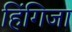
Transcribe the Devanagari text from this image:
हिंगिजा